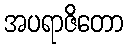
အပရာဇိတော